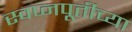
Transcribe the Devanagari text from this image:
स्वप्नपूर्तीच्या